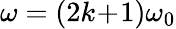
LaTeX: \omega=(2k\! +\! 1)\omega_{0}